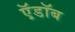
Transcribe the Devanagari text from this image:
ऍ़डॉब